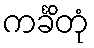
ကင်္ခိတုံ